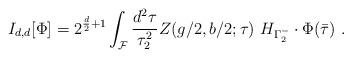
LaTeX: \begin{align*} I_{d,d}[\Phi]= 2^{\frac{d}{2}+1} \int_{{\cal F}}\frac{d^2\tau}{\tau_2^2} Z(g/2,b/2;\tau)~ H_{\Gamma_2^-} \cdot \Phi(\bar\tau) \ .\end{align*}